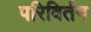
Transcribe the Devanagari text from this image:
परिविर्तन